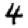
Digit: 4